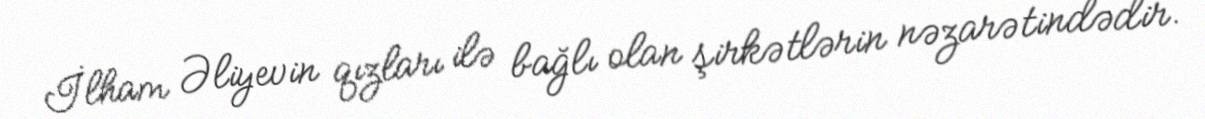
İlham Əliyevin qızları ilə bağlı olan şirkətlərin nəzarətindədir.